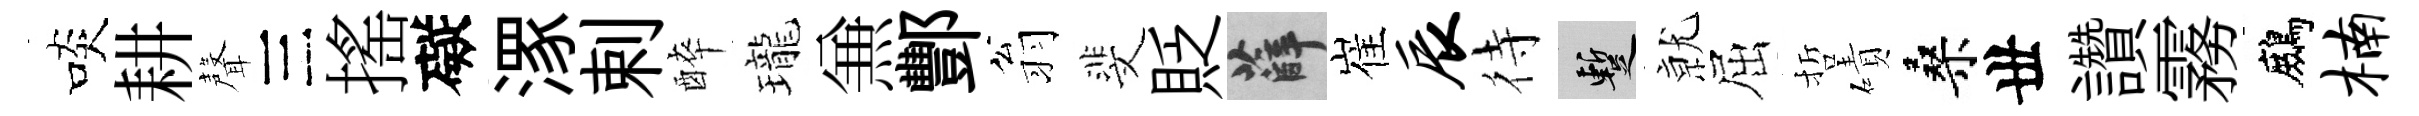
啖耕聲三搖礙潈剌醉瓏𠔥酆翁斐貶薛崔辰待暫𭕒屈哲磧桑丗讚霧鷓楠